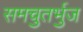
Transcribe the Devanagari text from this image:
समचुतर्भुज